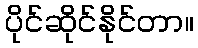
ပိုင်ဆိုင်နိုင်တာ။